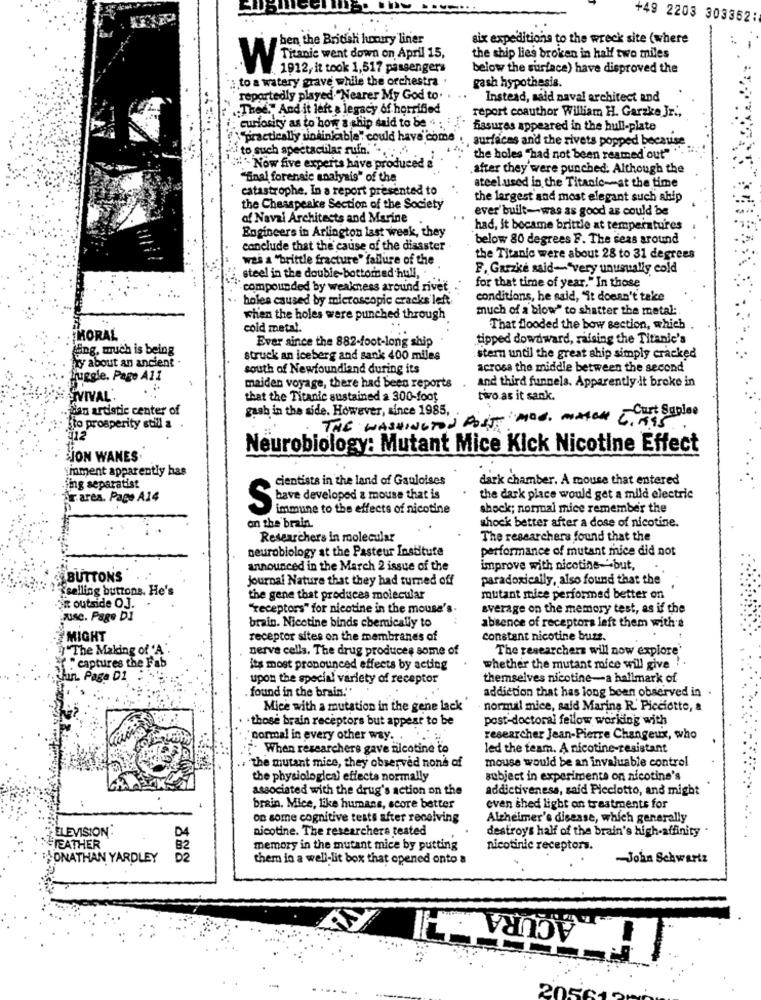
+49 2203 303352:
ben the British luxury liner
six expeditions to the wreck site (where
Titanic went down on April 15.
the chip lies broken in half two miles
W
1912, it took 1,517 passengers
below the surface) have disproved the
to a watery grave while the orchestra .
gash hypothesis.
reportedly played. "Nearer My God to.
Instead, said naval architect and
.Thed." And it left a legacy of horrified
i: curiosity as to how a ship said to be " :
report coauthor William H. Garzke Jr .,
fissures appeared in the bull-plate
practically sinkinkable" could have come . surfaces and the rivets popped because
to such spectaclilar ruin. ... . '
the holes "had not been reamed out"""
"- Now five experts have produced
after they were punched; Although the
""inal forensic analysis" of the
catastrophe. In a report presented to
steel used in the Titanic-at the time
the largest and most elegant such ahip
the Chesapeake Section of the Society
ever built-was as good as could be
of Naval Architects and Marine
Engineers in Arlington last week, they
had, it became brittle at temperatures
below 80 degrees F. The seas around
conclude that the cause of the disaster
was a "brittle fracture" failure of the
the Titanic were about 28 to 31 degrees
F. Garzke said-"very unusually cold
steel in the double-bottomned hull,
for that time of year." In those
-compounded by weakness around rivet.
holes caused by microscopic cracks left
conditions, he said, "it doesn't take
much of a blow" to shatter the metal:
when the holes were punched through
cold metal.
That flooded the bow section, which
MORAL
Ever since the 882-foot-long ship
tipped dowdward, raising the Titanic's
Ling, much is being
ty about an ancient
struck an iceberg and sank 400 miles
stern until the great ship simply cracked
south of Newfoundland during its
across the middle between the second
Juggle. Page All
and third funnels. Apparently it broke in
maiden voyage, there had been reports
ETVIVAL'
that the Titanic sustained a 300-foot
two.as it sank.
dan artistic center of
gasb in the side. However, since 1985,
-Curt Suplee
THE WASHINGTON POST MOD . MATCH 5. 195
sto prosperity still a
Neurobiology: Mutant Mice Kick Nicotine Effect
JON WANES.
moment apparently has
cientista in the land of Gauloises
dark chamber. A mouse that entered
fing separatist
r ares. Page A14
have developed a mouse that is
the dark place would get a mild electric
S
immune to the effects of nicotine
shock; normal mice remember the
on the brain.
shock better after a dose of nicotine.
Researchers in molecular
The researchers found that the
neurobiology at the Pasteur Institute
performance of mutant mice did not
announced in the March 2 issue of the
improve with nicotine-"-but,
BBUTTONS
journal Nature that they had turned off
paradoxically, also found that the
Tselling buttons. He's
the gene that produces molecular
mutant mice performed better on
Si outside OJ.
"receptors" for nicotine in the mouse's.
average on the memory test, as if the
ruse. Page DI
absence of receptors left them with's
brain. Nicotine binds chemically to
MIGHT
receptor sites on the membranes of
constant nicotine buzz.
"The Making of 'A"
nerve cells. The drug produces some of
The researchers will now explore*
.captures the Fab
its most pronounced effects by acting
whether the mutant mice will give ! .
hun. Page D2
upon the special variety of receptor
themselves nicotine-a hallmark of
.found in the brain."
addiction that has long been observed in
Mice with a mutation in the gene lack
normal mice, said Marina R. Picciotto, a
- those brain receptors but appear to be
post-doctoral fellow working with
"cormal in every other way ..
researcher Jean-Pierre Changeux, who
. When researchers gave nicotine to
led the team. A nicotine-resistant
mouse would be an invaluable control
the mutant mice, they observed none of
the physiologies' effects normally
subject in experimente on nicotine's
associated with the drug's action on the
addictiveness, said Picciotto, and might
brain. Mice, like humans, score better
even shed light an treatments for
on some cognitive tests after receiving
Alzheimer's disease, which generally
ELEVISION:
DA
nicotine. The researchers tested
destroys half of the brain's high-affinity
TEATHER
B2
memory in the mutant mice by putting
nicotinic receptors.
ONATHAN YARDLEY
D2
them in a well-lit box that opened onto a
-John Schwartz
ACURAHI
2050